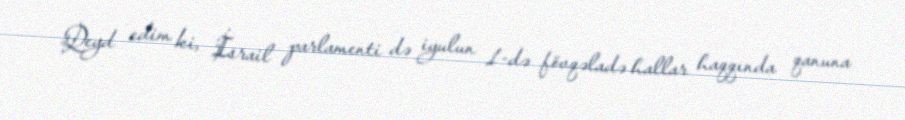
Qeyd edim ki, İsrail parlamenti də iyulun 1-də fövqəladə hallar haqqında qanuna